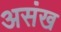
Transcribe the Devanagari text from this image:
असंख